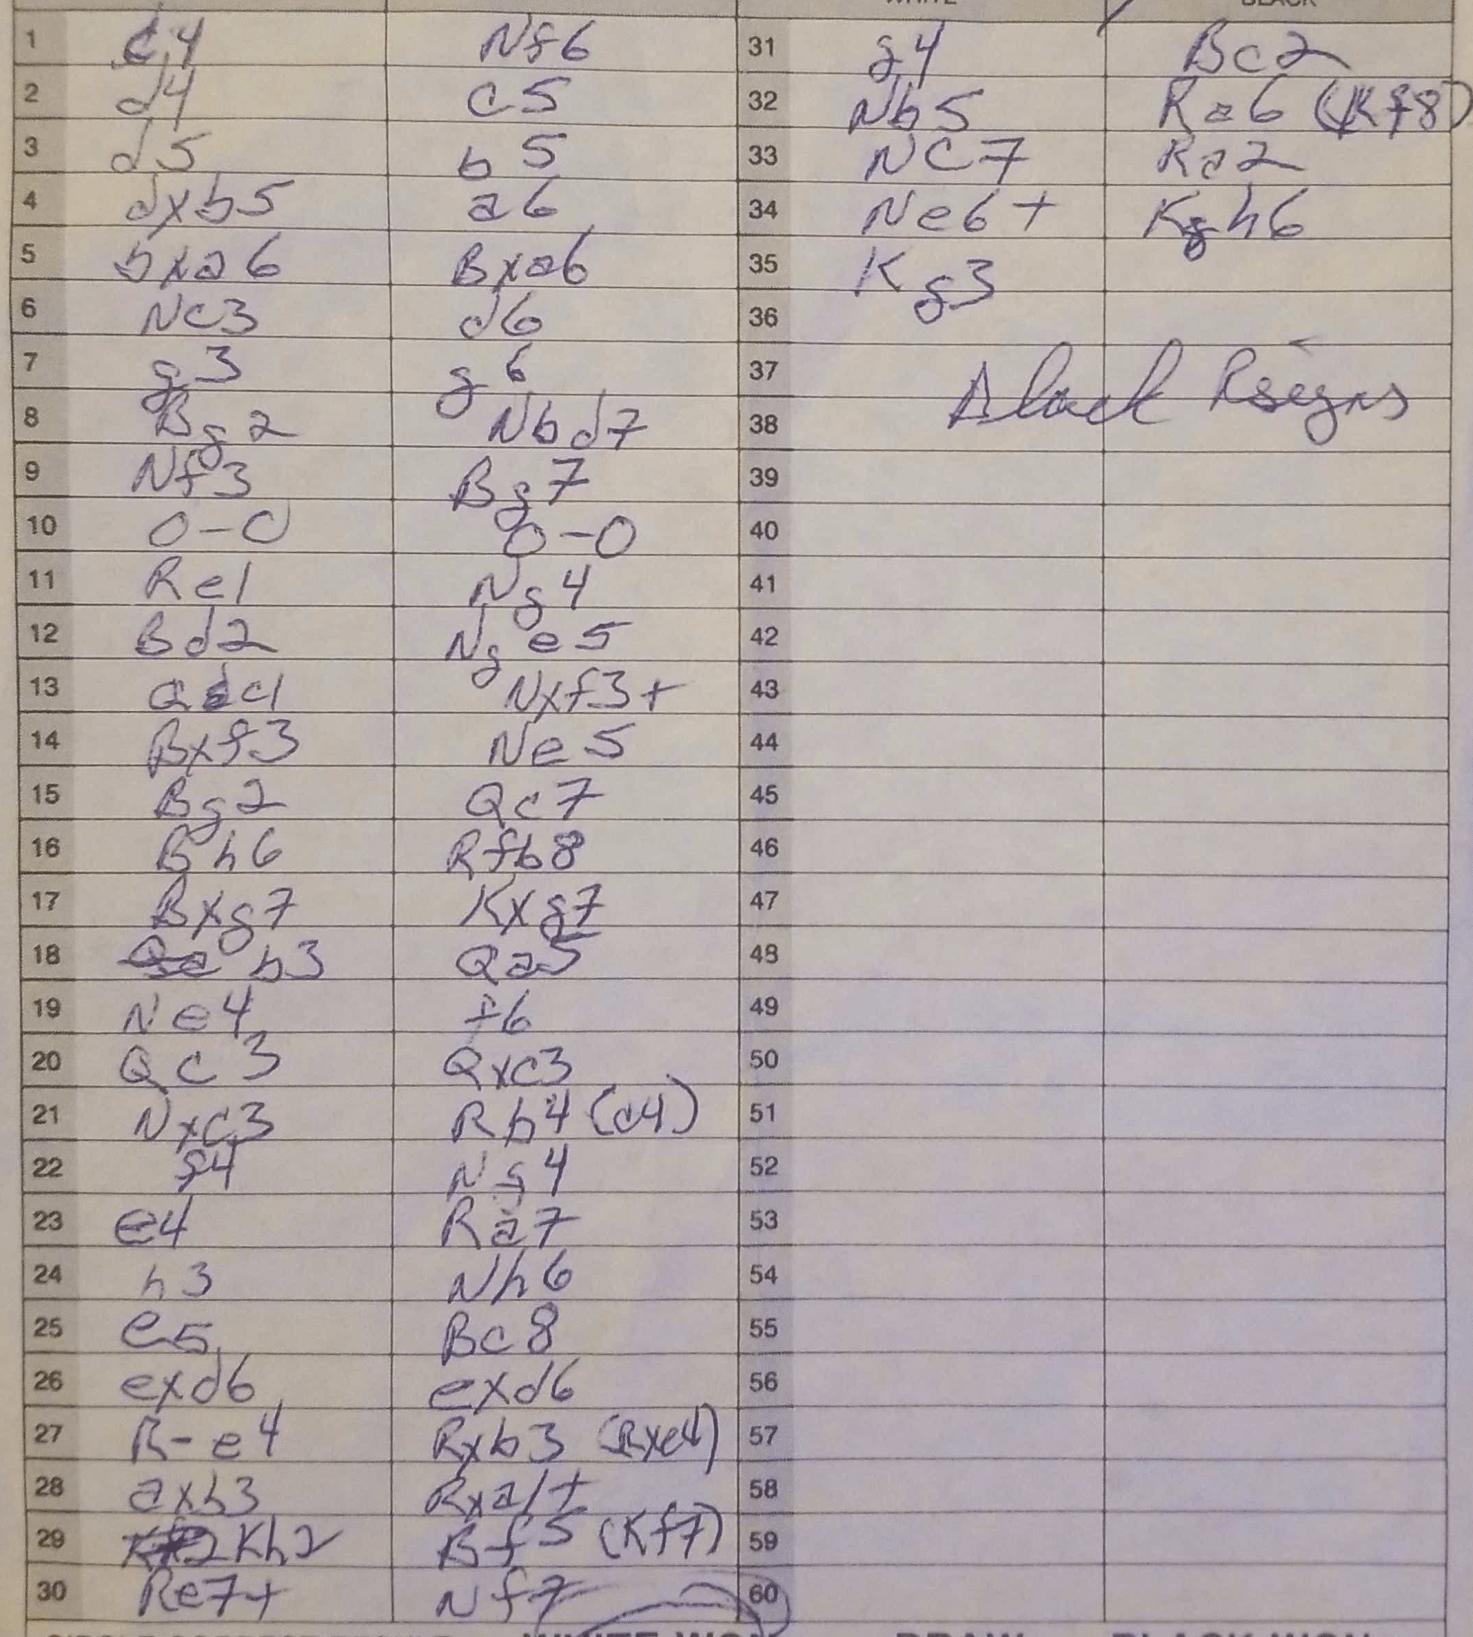
Moves: c4 Nf6 d4 c5 d5 b5 dxb5 a6 bxa6 Bxa6 Nc3 d6 g3 g6 Bg2 Nbd7 Nf3 Bg7 O-O O-O Re1 Ng4 Bd2 Nge5 Qc1 Nxf3+ Bxf3 Ne5 Bg2 Qc7 Bh6 Rfb8 Bxg7 Kxg7 b3 Qa5 Ne4 f6 Qc3 Qxc3 Nxc3 Rb4 f4 Ng4 e4 R7 h3 Nh6 e5 Bc8 exd6 exd6 Re4 Rxb3 axb3 Rxa1+ Kh2 Bf5 Re7+ Nf7 g4 Bc2 Nb5 Ra6 Nc7 Ra2 Ne6+ Kh6 Kg3